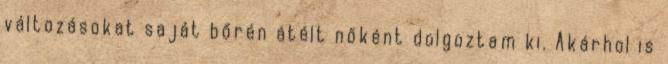
változásokat saját bőrén átélt nőként dolgoztam ki. Akárhol is